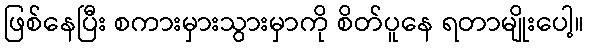
ဖြစ်နေပြီး စကားမှားသွားမှာကို စိတ်ပူနေ ရတာမျိုးပေါ့။